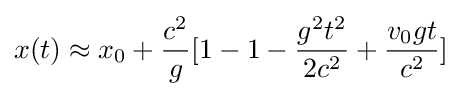
x(t)\approx x_{0}+{\frac {c^{2}}{g}}[1-1-{\frac {g^{2}t^{2}}{2c^{2}}}+{\frac {v_{0}gt}{c^{2}}}]